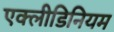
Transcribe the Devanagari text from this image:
एक्लीडिनियम